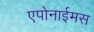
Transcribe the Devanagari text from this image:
एपोनाईमस